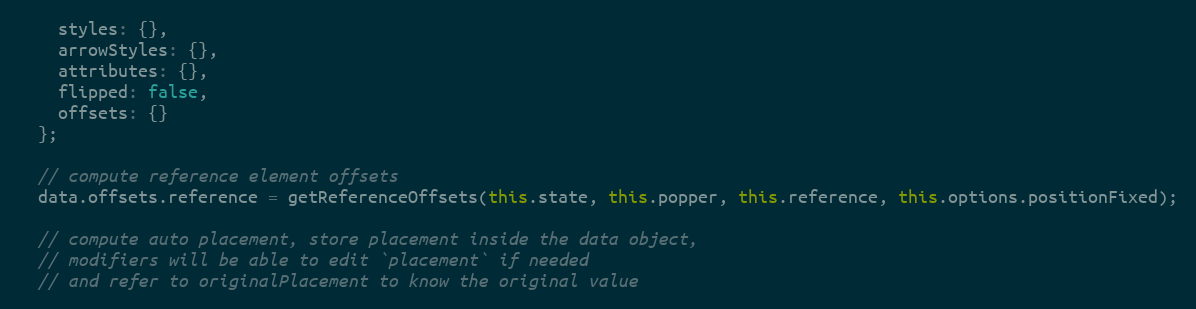
Language: JavaScript
    styles: {},
    arrowStyles: {},
    attributes: {},
    flipped: false,
    offsets: {}
  };

  // compute reference element offsets
  data.offsets.reference = getReferenceOffsets(this.state, this.popper, this.reference, this.options.positionFixed);

  // compute auto placement, store placement inside the data object,
  // modifiers will be able to edit `placement` if needed
  // and refer to originalPlacement to know the original value